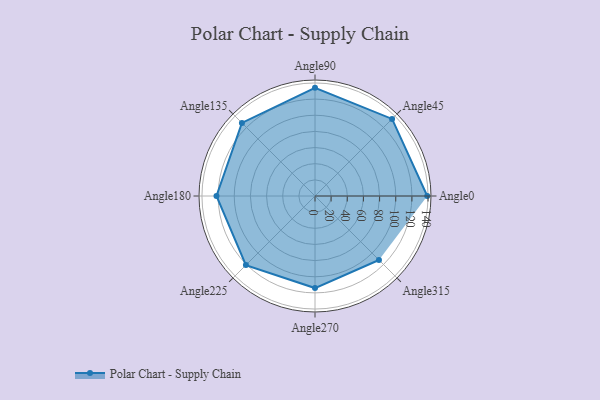
{"axis": {"x": "Angle", "y": "Radius"}, "legend": [""], "data": [{"x": "Angle0", "y": 139.0, "type": ""}, {"x": "Angle45", "y": 135.0, "type": ""}, {"x": "Angle90", "y": 134.0, "type": ""}, {"x": "Angle135", "y": 128.0, "type": ""}, {"x": "Angle180", "y": 122.0, "type": ""}, {"x": "Angle225", "y": 121.0, "type": ""}, {"x": "Angle270", "y": 114.0, "type": ""}, {"x": "Angle315", "y": 112.0, "type": ""}]}